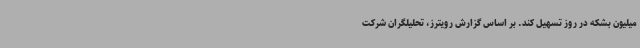
میلیون بشکه در روز تسهیل کند. بر اساس گزارش رویترز، تحلیلگران شرکت